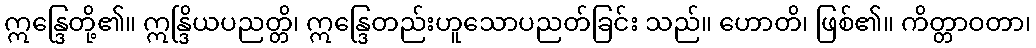
ဣန္ဒြေတို့၏။ ဣန္ဒြိယပညတ္တိ၊ ဣန္ဒြေတည်းဟူသောပညတ်ခြင်း သည်။ ဟောတိ၊ ဖြစ်၏။ ကိတ္တာဝတာ၊